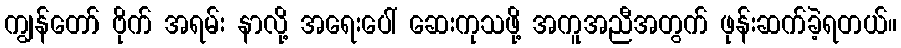
ကျွန်တော် ဗိုက် အရမ်း နာလို့ အရေးပေါ် ဆေးကုသဖို့ အကူအညီအတွက် ဖုန်းဆက်ခဲ့ရတယ်။